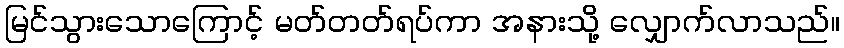
မြင်သွားသောကြောင့် မတ်တတ်ရပ်ကာ အနားသို့ လျှောက်လာသည်။